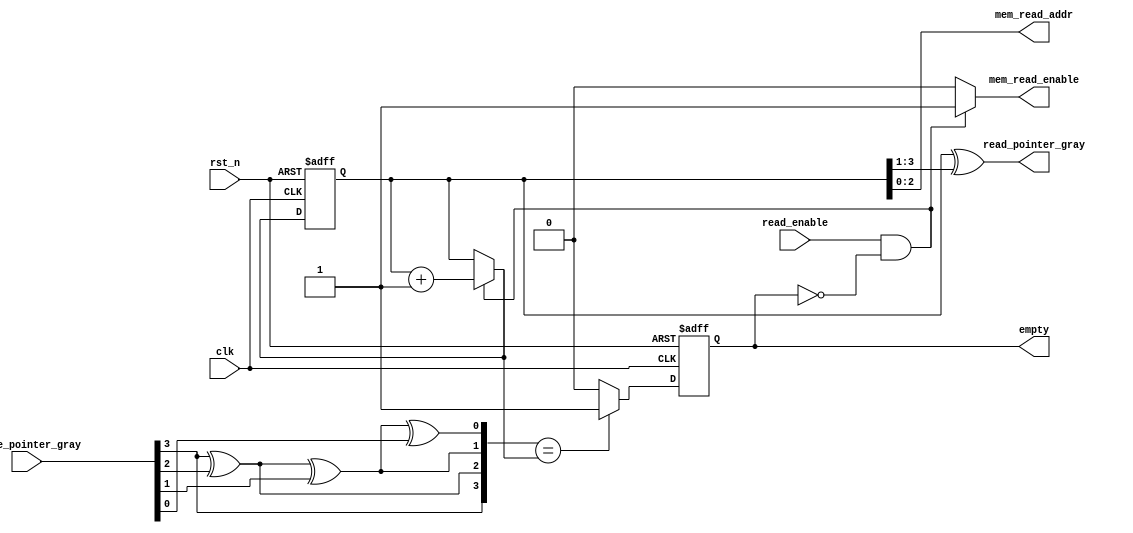
`timescale 1ns / 1ps

module read_control (
    input clk,
    input rst_n,
    input read_enable,
    input [3:0] write_pointer_gray,
    output reg mem_read_enable,
    output reg [2:0] mem_read_addr,
    output reg [3:0] read_pointer_gray,
    output reg empty
);

    // internal signal declaration
    reg [3:0] read_pointer;
    reg [3:0] write_pointer;

    reg [3:0] read_pointer_next;
    reg empty_next;

    // read pointer and full signal update
    always @(posedge clk, negedge rst_n) begin
        if (~rst_n) begin
            read_pointer <= 4'h0;
            empty        <= 1;
        end
        else begin
            read_pointer <= read_pointer_next;
            empty        <= empty_next;
        end
    end

    // read enable and pointer logic
    always @(*) begin
        if (read_enable & (~empty)) begin
            mem_read_enable   = 1;
            read_pointer_next = read_pointer + 1'b1;
        end
        else begin
            mem_read_enable   = 0;
            read_pointer_next = read_pointer;
        end
    end

    // gray to normal binary conversion
    always @(*) begin
        read_pointer_gray = (read_pointer ^ (read_pointer >> 1));
        write_pointer = {
            write_pointer_gray[3],
            write_pointer_gray[3] ^ write_pointer_gray[2],
            (write_pointer_gray[3] ^ write_pointer_gray[2]) ^ write_pointer_gray[1],
            ((write_pointer_gray[3]^write_pointer_gray[2])^write_pointer_gray[1])^write_pointer_gray[0]
        };
    end

    // empty signal logic
    always @(*) begin
        if (write_pointer == read_pointer_next) empty_next = 1'b1;
        else empty_next = 1'b0;
    end


    // memory write address output
    always @(*) begin
        mem_read_addr = read_pointer[2:0];
    end

endmodule